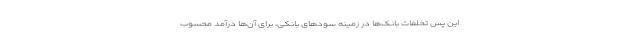
این پس تخلفات بانک‌ها در زمینه سودهای بانکی، برای آن‌ها درآمد محسوب